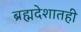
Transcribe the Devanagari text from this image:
ब्रह्मदेशातही